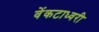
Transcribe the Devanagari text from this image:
वेंकटाध्वरी